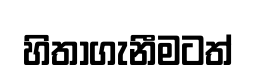
හිතාගැනීමටත්